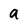
Character: a